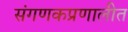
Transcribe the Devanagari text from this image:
संगणकप्रणालीत